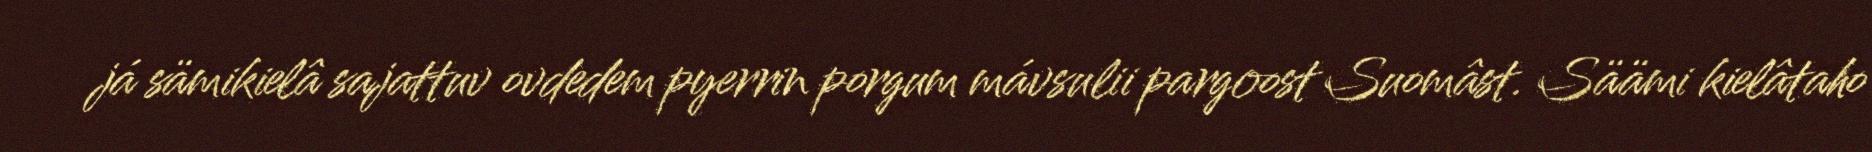
já sämikielâ sajattuv ovdedem pyerrin porgum mávsulii pargoost Suomâst. Säämi kielâtaho